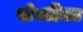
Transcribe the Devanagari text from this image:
बोमडिला